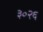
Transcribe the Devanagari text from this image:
३०२६